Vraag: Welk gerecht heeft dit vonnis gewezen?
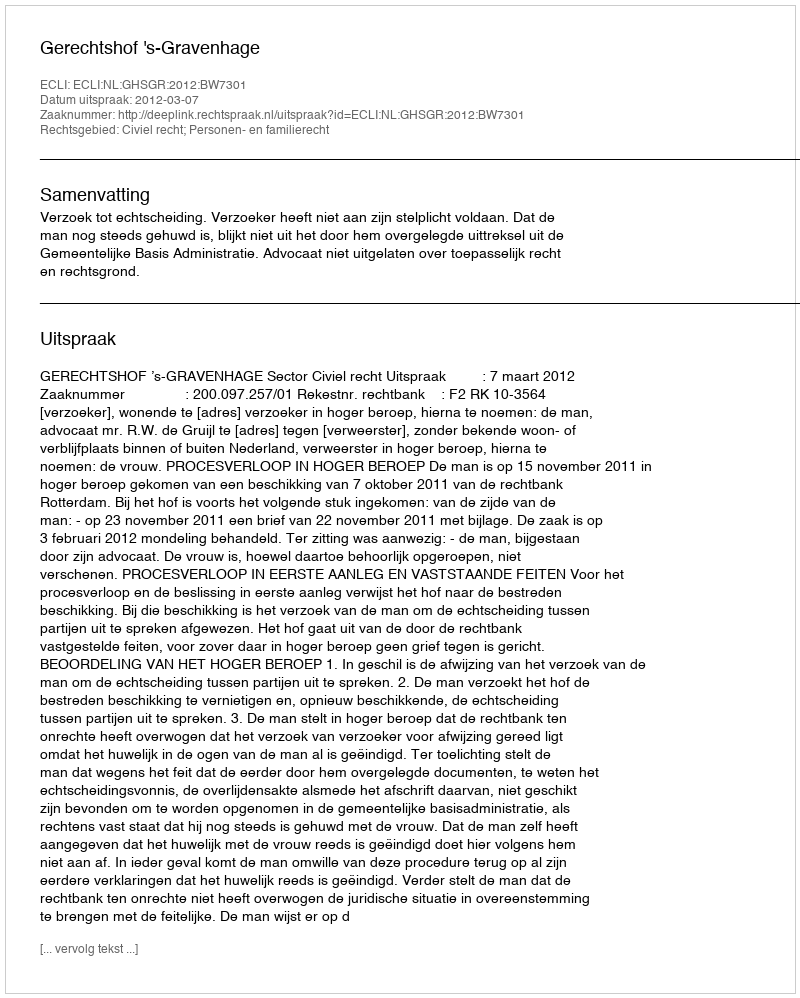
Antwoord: Gerechtshof 's-Gravenhage